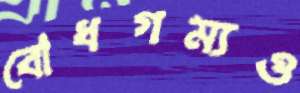
বোধগম্যও